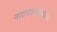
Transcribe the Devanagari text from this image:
नारायणमहाराजांचा